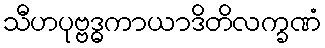
သီဟပုဗ္ဗဒ္ဓကာယာဒိတိလက္ခဏံ